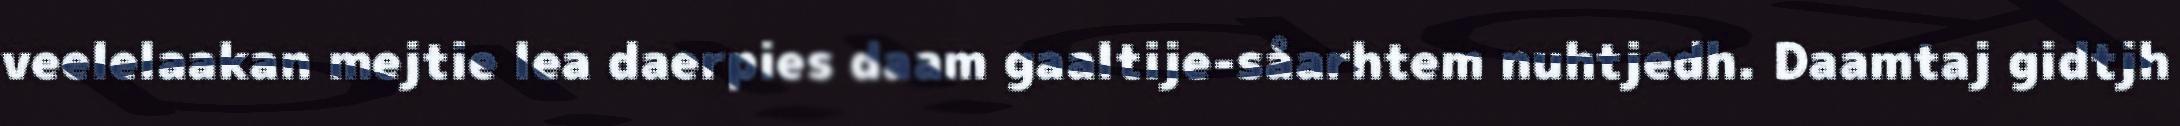
veelelaakan mejtie lea daerpies daam gaaltije-såarhtem nuhtjedh. Daamtaj gidtjh